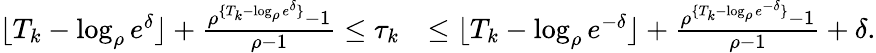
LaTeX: \begin{array}{rl}{\lfloor T_{k}-\log_{\rho}e^{\delta}\rfloor+\frac{\rho^{\{ T_{k}-\log_{\rho}e^{\delta}\} }-1}{\rho-1}\le\tau_{k}}&{\le\lfloor T_{k}-\log_{\rho}e^{-\delta}\rfloor+\frac{\rho^{\{ T_{k}-\log_{\rho}e^{-\delta}\} }-1}{\rho-1}+\delta.}\end{array}